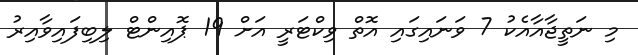
މި ނަތީޖާއާއެކު 7 ވަނައިގައި އޮތް ވިކްޓަރީ އަށް 19 ޕޮއިންޓް ލިބިފައިވާއިރު